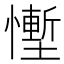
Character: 𪬷